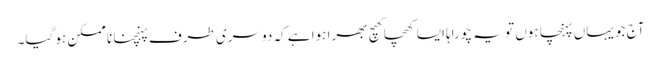
آج جو یہاں پہنچا ہوں تو یہ چوراہا ایسا کھچا کھچ بھرا ہوا ہے کہ دوسری طرف پہنچنا نا ممکن ہو گیا۔